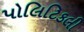
પોલિટિકલી